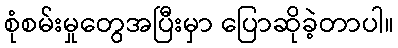
စုံစမ်းမှုတွေအပြီးမှာ ပြောဆိုခဲ့တာပါ။